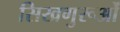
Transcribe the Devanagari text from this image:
सिखगुरूओं